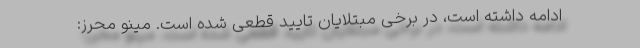
ادامه داشته است، در برخی مبتلایان تایید قطعی شده است. مینو محرز:‌